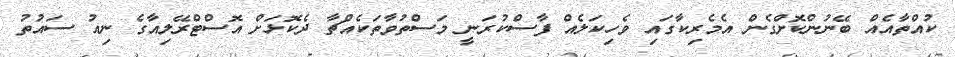
ކުއްތާއެއް ބޭނުންކޮށްގެން އެމެރިކާގައި ވެހިކަލެއް ފާސްކުރަނީ މަސްތުވާތަކެެއްޗާ ދެކޮޅަށް އޮސްޓްރޭލިއާގެ ނިއު ސައުތު